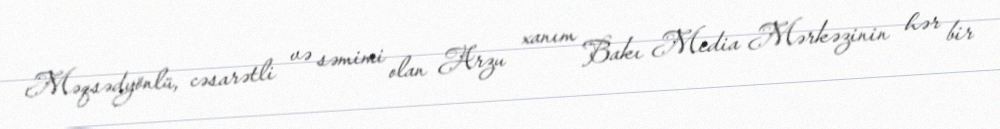
Məqsədyönlü, cəsarətli və səmimi olan Arzu xanım Bakı Media Mərkəzinin hər bir